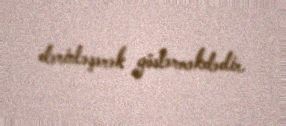
dərinləşərək göstərməkdədir.